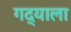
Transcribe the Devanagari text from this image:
गद्याला